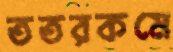
ততরকমে